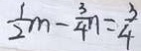
\frac { 1 } { 2 } m - \frac { 3 } { 4 } n = \frac { 3 } { 4 }